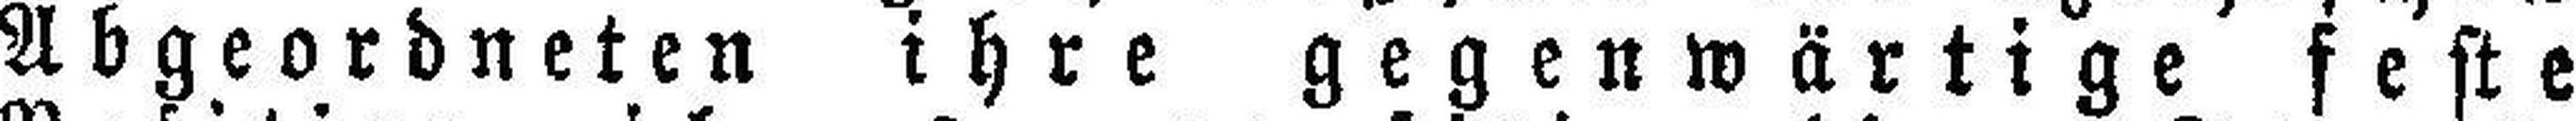
Abgeordneten ihre gegenwärtige feste